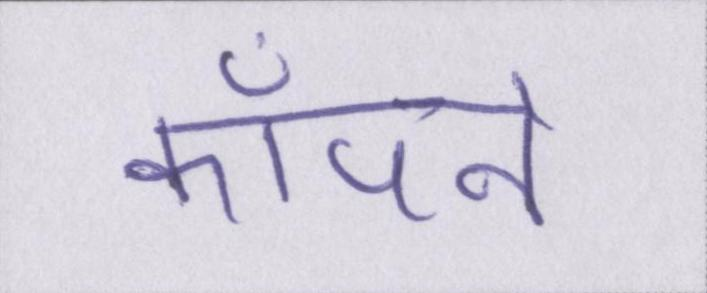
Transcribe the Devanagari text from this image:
काँपने